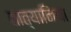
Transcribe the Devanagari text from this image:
तात्यानिया